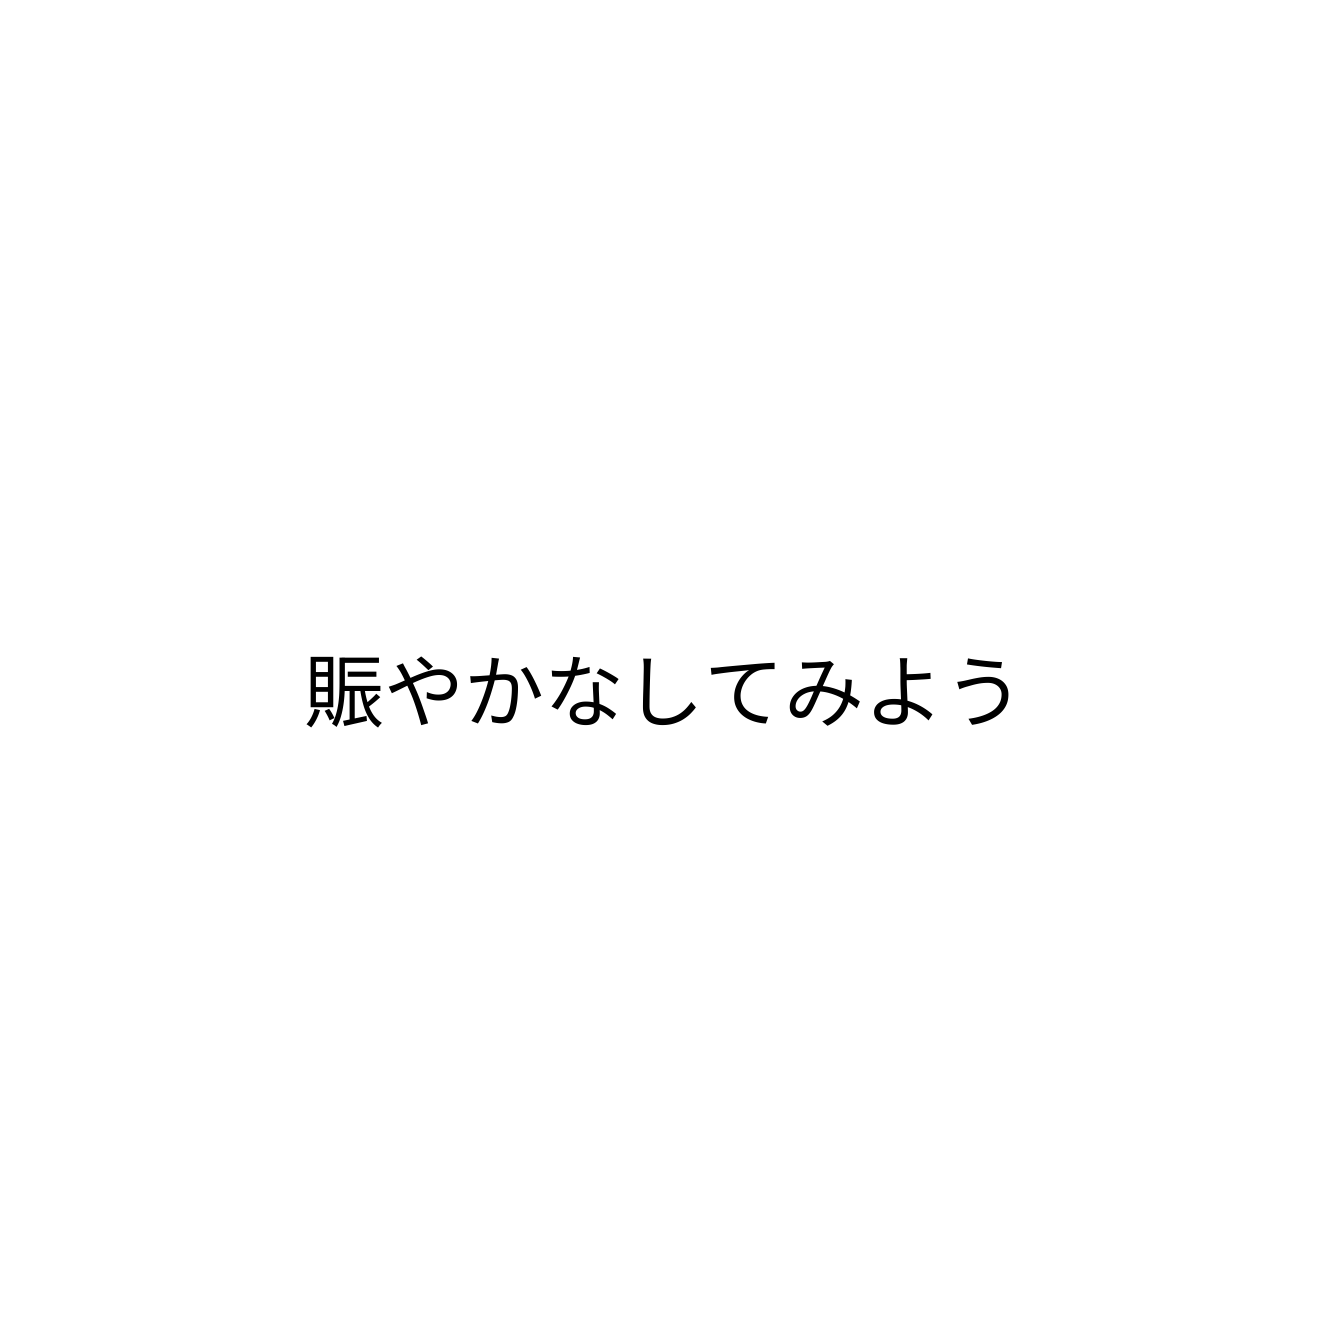
賑やかなしてみよう